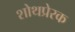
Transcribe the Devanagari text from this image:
शोथप्रेरक